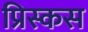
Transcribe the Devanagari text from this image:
प्रिस्कस